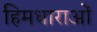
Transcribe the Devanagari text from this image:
हिमधाराओं